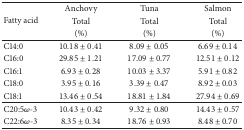
| <ROWSPAN=3> Fatty acid | Anchovy | Tuna | Salmon |
 | Total | Total | Total |
 | (%) | (%) | (%) |
 | --- | --- | --- | --- |
 | C14:0 | 10.18 ± 0.41 | 8.09 ± 0.05 | 6.69 ± 0.14 |
 | C16:0 | 29.85 ± 1.21 | 17.09 ± 0.77 | 12.51 ± 0.12 |
 | C16:1 | 6.93 ± 0.28 | 10.03 ± 3.37 | 5.91 ± 0.82 |
 | C18:0 | 3.95 ± 0.16 | 3.39 ± 0.47 | 8.92 ± 0.03 |
 | C18:1 | 13.46 ± 0.54 | 18.81 ± 1.84 | 27.94 ± 0.69 |
 | C20:5ω-3 | 10.43 ± 0.42 | 9.32 ± 0.80 | 14.43 ± 0.57 |
 | C22:6ω-3 | 8.35 ± 0.34 | 18.76 ± 0.93 | 8.48 ± 0.70 |